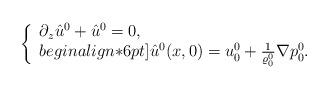
LaTeX: \begin{align*}\left\{\begin{array}{ll}\partial_z\hat{u}^0 + \hat{u}^0 =0, \\begin{align*}6pt]\hat{u}^0(x,0) = u_0^0 +\frac{1}{\varrho_0^0}\nabla p_0^0.\end{array}\right.\end{align*}